Vaccination in Bombay 1889-1901 - 1889-1901
Year: 1889
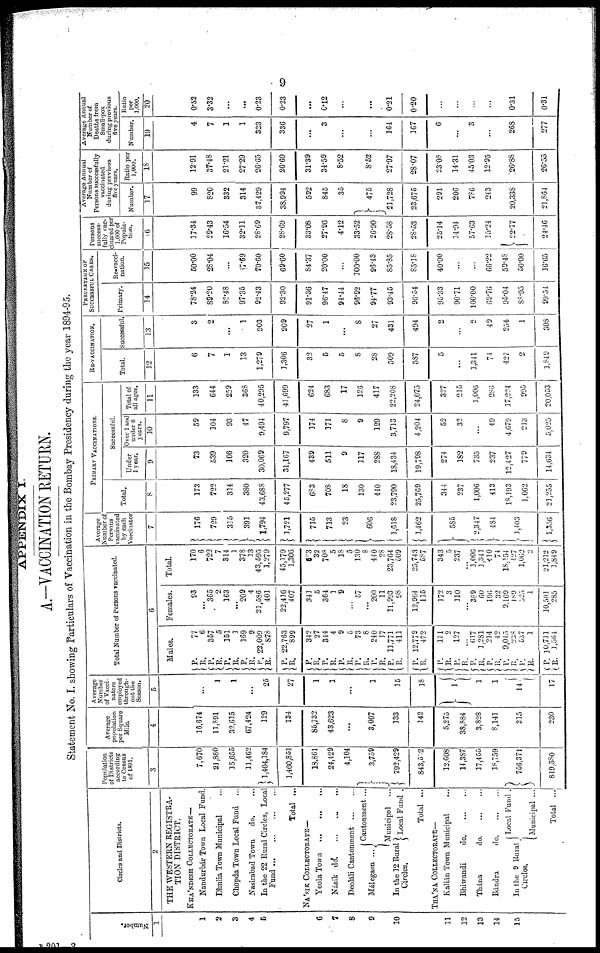
9
APPENDIX I.
A.—VACCINATION RETURN.
Statement No. I. showing Particulars of Vaccination in the Bombay Presidency during the year 1894-95.
Number.
1
1
2
3
4
5
6
7
8
9
10
11
12
13
14
15
Circles and Districts.
2
THE WESTERN REGISTRA-
TION DISTRICT.
KHA'NDESH COLLECTORATE—
Nandurbár Town Local Fund.
Dhulia Town Municipal ...
Chopda Town Local Fund ...
Nasirabad Town
do. ...
In the 22 Rural Circles, Local
Fund
...
...
...
...
Total ...
NA'SIK COLLECTORATE—
Yeola Town
...
...
...
Násik do.
...
...
...
Deoláli Cantonment
...
...
Málegaon
...
Cantonment ...
Municipal
In the 12 Rural
Circles.
Local Fund .
Total ...
THA'NA COLLECTORATE—
Kalián Town Municipal ...
Bhiwandi
do
...
...
Thána
do
...
...
Bándra
do
...
...
In the 9 Rural
Circles.
Local Fund .
Municipal ...
Total ...
Population
of Districts
according
to Census
of 1891.
3
7,670
21,880
35,655
11,462
1,404,184
1,460,861
18,861
24,429
4,104
3,759
792,429
843,502
12,608
14,387
17,455
18,759
756,371
819,550
Average
population
per Square
Mile.
4
16,674
11,891
32,615
67,424
129
134
85,732
43,623
...
3,007
133
142
5,275
38,884
3,828
8,141
215
230
Average
Number
of Vacci-
nators
employed
through-
out the
Season.
5
...
1
1
...
25
27
1
1
...
1
15
18
1
1
1
14
17
Total Number of Persons vaccinated.
6
Males.
P.
R. P.
R.
P.
R.
P.
R. P.
R.
P.
R.
P.
R.
P.
R.
P.
R.
P.
R.
P.
R.
P.
R.
P.
R.
P.
R.
P.
R.
P.
R.
P.
R.
P.
R. P.
R.
P.
R.
77
6
357
5
151
1
169
9
22,009
875
22,763
899
342
27
344
4
9
5
73
8
240
17
11,771
411
12,779
472
171
2
127
...
617
1,281
214
42
9,015
238
537
1
10,711
1,564
Females.
93
...
365
2
163
... 209
4
21,586
401
22,416
407
341
5
364
1
9
...
57
...
200
11
11,993
98
12,964
115
172
3
110
...
389
60
196
32
9,109
189
525
1
10,501
285
Total.
170
6
722
7
314
1
378
13
43,595
1,279
45,179
1,306
603
32
708
5
18
5
130
8
440
28
23,764
509
25,743
587
343
5
237
...
1,006
1,341
410
74
18,154
427
1,062
2
21,212
1,849
Average
Number of
Persons
vaccinated
by each
Vaccinator
7
176
729
315
391
1,794
1,721
715
713
23
606
1,618
1,462
585
2,347
484
1,403
1,356
PRIMARY VACCINATIONS.
Total.
8
173
722
314
380
43,688
45,277
683
708
18
130
440
23,790
25,769
344
237
1,006
413
18,193
1,062
21,255
Successful.
Under
1 year.
9
73
539
166
320
30,069
31,167
439
511
9
117
288
18,434
19,798
274
182
735
237
12,427
779
14,634
Over 1 and
under 6
years.
10
59
104
93
47
9,494
9,797
174
171
8
9
129
3,713
4,204
52
32
...
49
4,679
213
5,025
Total of
all ages.
11
133
644
259
368
40,295
41,699
624
683
17
126
417
22,208
24,075
327
215
1,006
286
17,224
995
20,053
RE-VACCINATION.
Total.
12
6
7
1
13
1,279
1,306
32
5
5
8
28
509
587
5
...
3,341
74
427
2
3,849
successful.
13
3
2
...
1
903
909
27
1
...
8
27
431
494
2
...
2
49
254
1
308
PRRCENTAGE OF
SUCCESSFUL CASES.
Primary.
14
78.24
89.20
82.48
97.35
92.43
92.30
91.36
96.47
94.44
96.92
94.77
93.45
96.54
95.33
90.71
100.00
69.76
95.04
88.95
99.54
Re-vacci-
nation.
15
50.00
28.04
...
17.69
70.60
69.60
84.37
20.00
...
100.00
96.43
85.85
85.18
40.00
...
...
66.22
59.48
50.00
16.65
Persons
success-
fully vac-
cinated per
1,000 of
Popula-
tion.
16
17.34
29.43
16.54
32.11
28.69
28.69
33.08
27.96
4.12
33.52
26.90
28.58
28.53
25.14
14.94
57.63
35.24
22.77
24.46
Average Annual
Number of
Persons successfully
vaccinated
during previous
five years.
Number.
17
99
820
332
314
37,429
38,994
592
845
35
475
21,728
23,675
291
206
786
243
20,338
21,864
Ratio per
1,000.
18
12.91
37.48
21.21
27.29
26.65
26.69
31.39
34.59
8.52
8.52
27.97
28.07
23.08
14.31
45.03
12.95
26.88
26.55
Average Annual
Number of
Deaths from
Small-pox
during previous
five years.
Number.
19
4
7
1
1
323
336
...
3
...
...
164
167
6
...
3
...
268
277
Ratio
per
1,000.
20
0.52
3.32
...
...
0.23
0.23
...
0.12
...
...
0.21
0.20
...
...
...
...
0.31
0.31
B 201—3